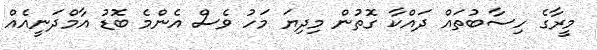
މީރާގެ ހިސާބުތައް ދައްކާ ގޮތުން މިދިޔަ މަހު ވެސް އެންމެ ބޮޑު އާމްދަނީއެއް